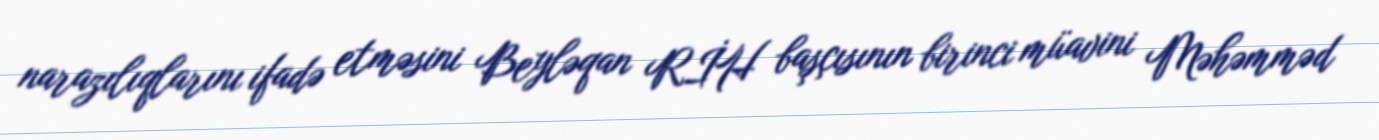
narazılıqlarını ifadə etməsini Beyləqan RİH başçısının birinci müavini Məhəmməd